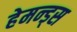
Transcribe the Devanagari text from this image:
हेमन्ड्स